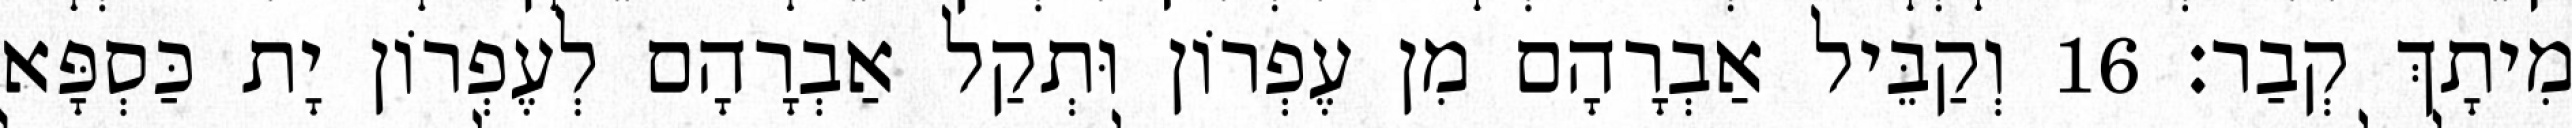
מִיתָךְ קְבַר׃ 16 וְקַבֵּיל אַבְרָהָם מִן עֶפְרוֹן וּתְקַל אַבְרָהָם לְעֶפְרוֹן יָת כַּסְפָּא